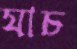
যাচ